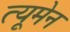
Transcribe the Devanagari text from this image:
त्यूमेन